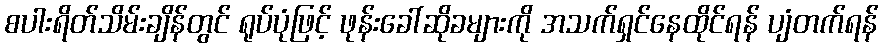
စပါးရိတ်သိမ်းချိန်တွင် ရုပ်ပုံဖြင့် ဖုန်းခေါ်ဆိုခများကို အသက်ရှင်နေထိုင်ရန် ပျံတက်ရန်